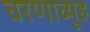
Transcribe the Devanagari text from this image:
चरणाव्यूह